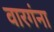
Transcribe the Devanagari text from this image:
वारगंना